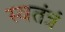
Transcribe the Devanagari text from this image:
स्वतंत्रं